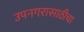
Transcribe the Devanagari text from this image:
उपनगरासाठीचा